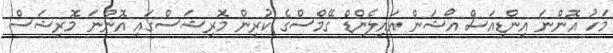
މަހު އޮންނަ އިންޑިއަސް އޯޝަން އައިލެންޑް ގޭމްސްގެ ކުރިން މޮރިޝަސްގައި އޮންނަ މޮރިޝަސް